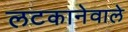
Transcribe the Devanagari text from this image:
लटकानेवाले